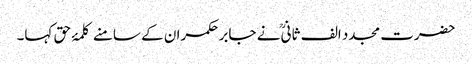
حضرت مجدد الف ثانیؒ نے جابر حکمران کے سامنے کلمۂ حق کہا۔